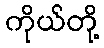
ကိုယ်တို့